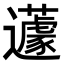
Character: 𨙊